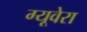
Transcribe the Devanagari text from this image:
ग्यूवेरा